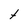
Character: t